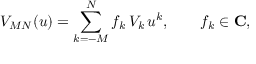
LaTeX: V _ { M N } ( u ) = \sum _ { k = - M } ^ { N } f _ { k } \, { \cal V } _ { k } \, u ^ { k } , \qquad f _ { k } \in { \bf C } ,